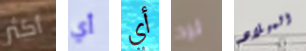
أكثر أي أي لرد الميلاد